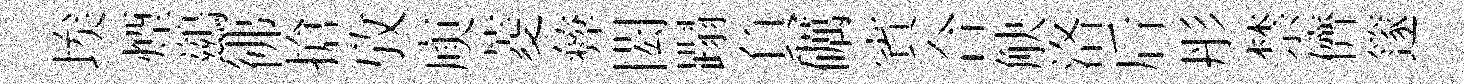
埃煙鷀彿搶攷庾菱彜閎蹋負礪賓合觖洛后彤禁儕篴